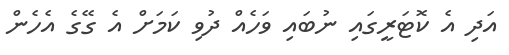
އަދި އެ ކޮޓަރީގައި ނުބައި ވަހެއް ދުވި ކަމަށް އެ ގޭގެ އެހެން